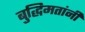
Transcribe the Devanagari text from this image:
बुद्धिमतांनी